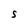
Character: S